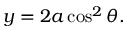
y = 2 a \cos ^ { 2 } \theta .